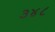
૩૪૮